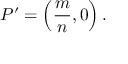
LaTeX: P ^ { \prime } = \left( { \frac { m } { n } } , 0 \right) .